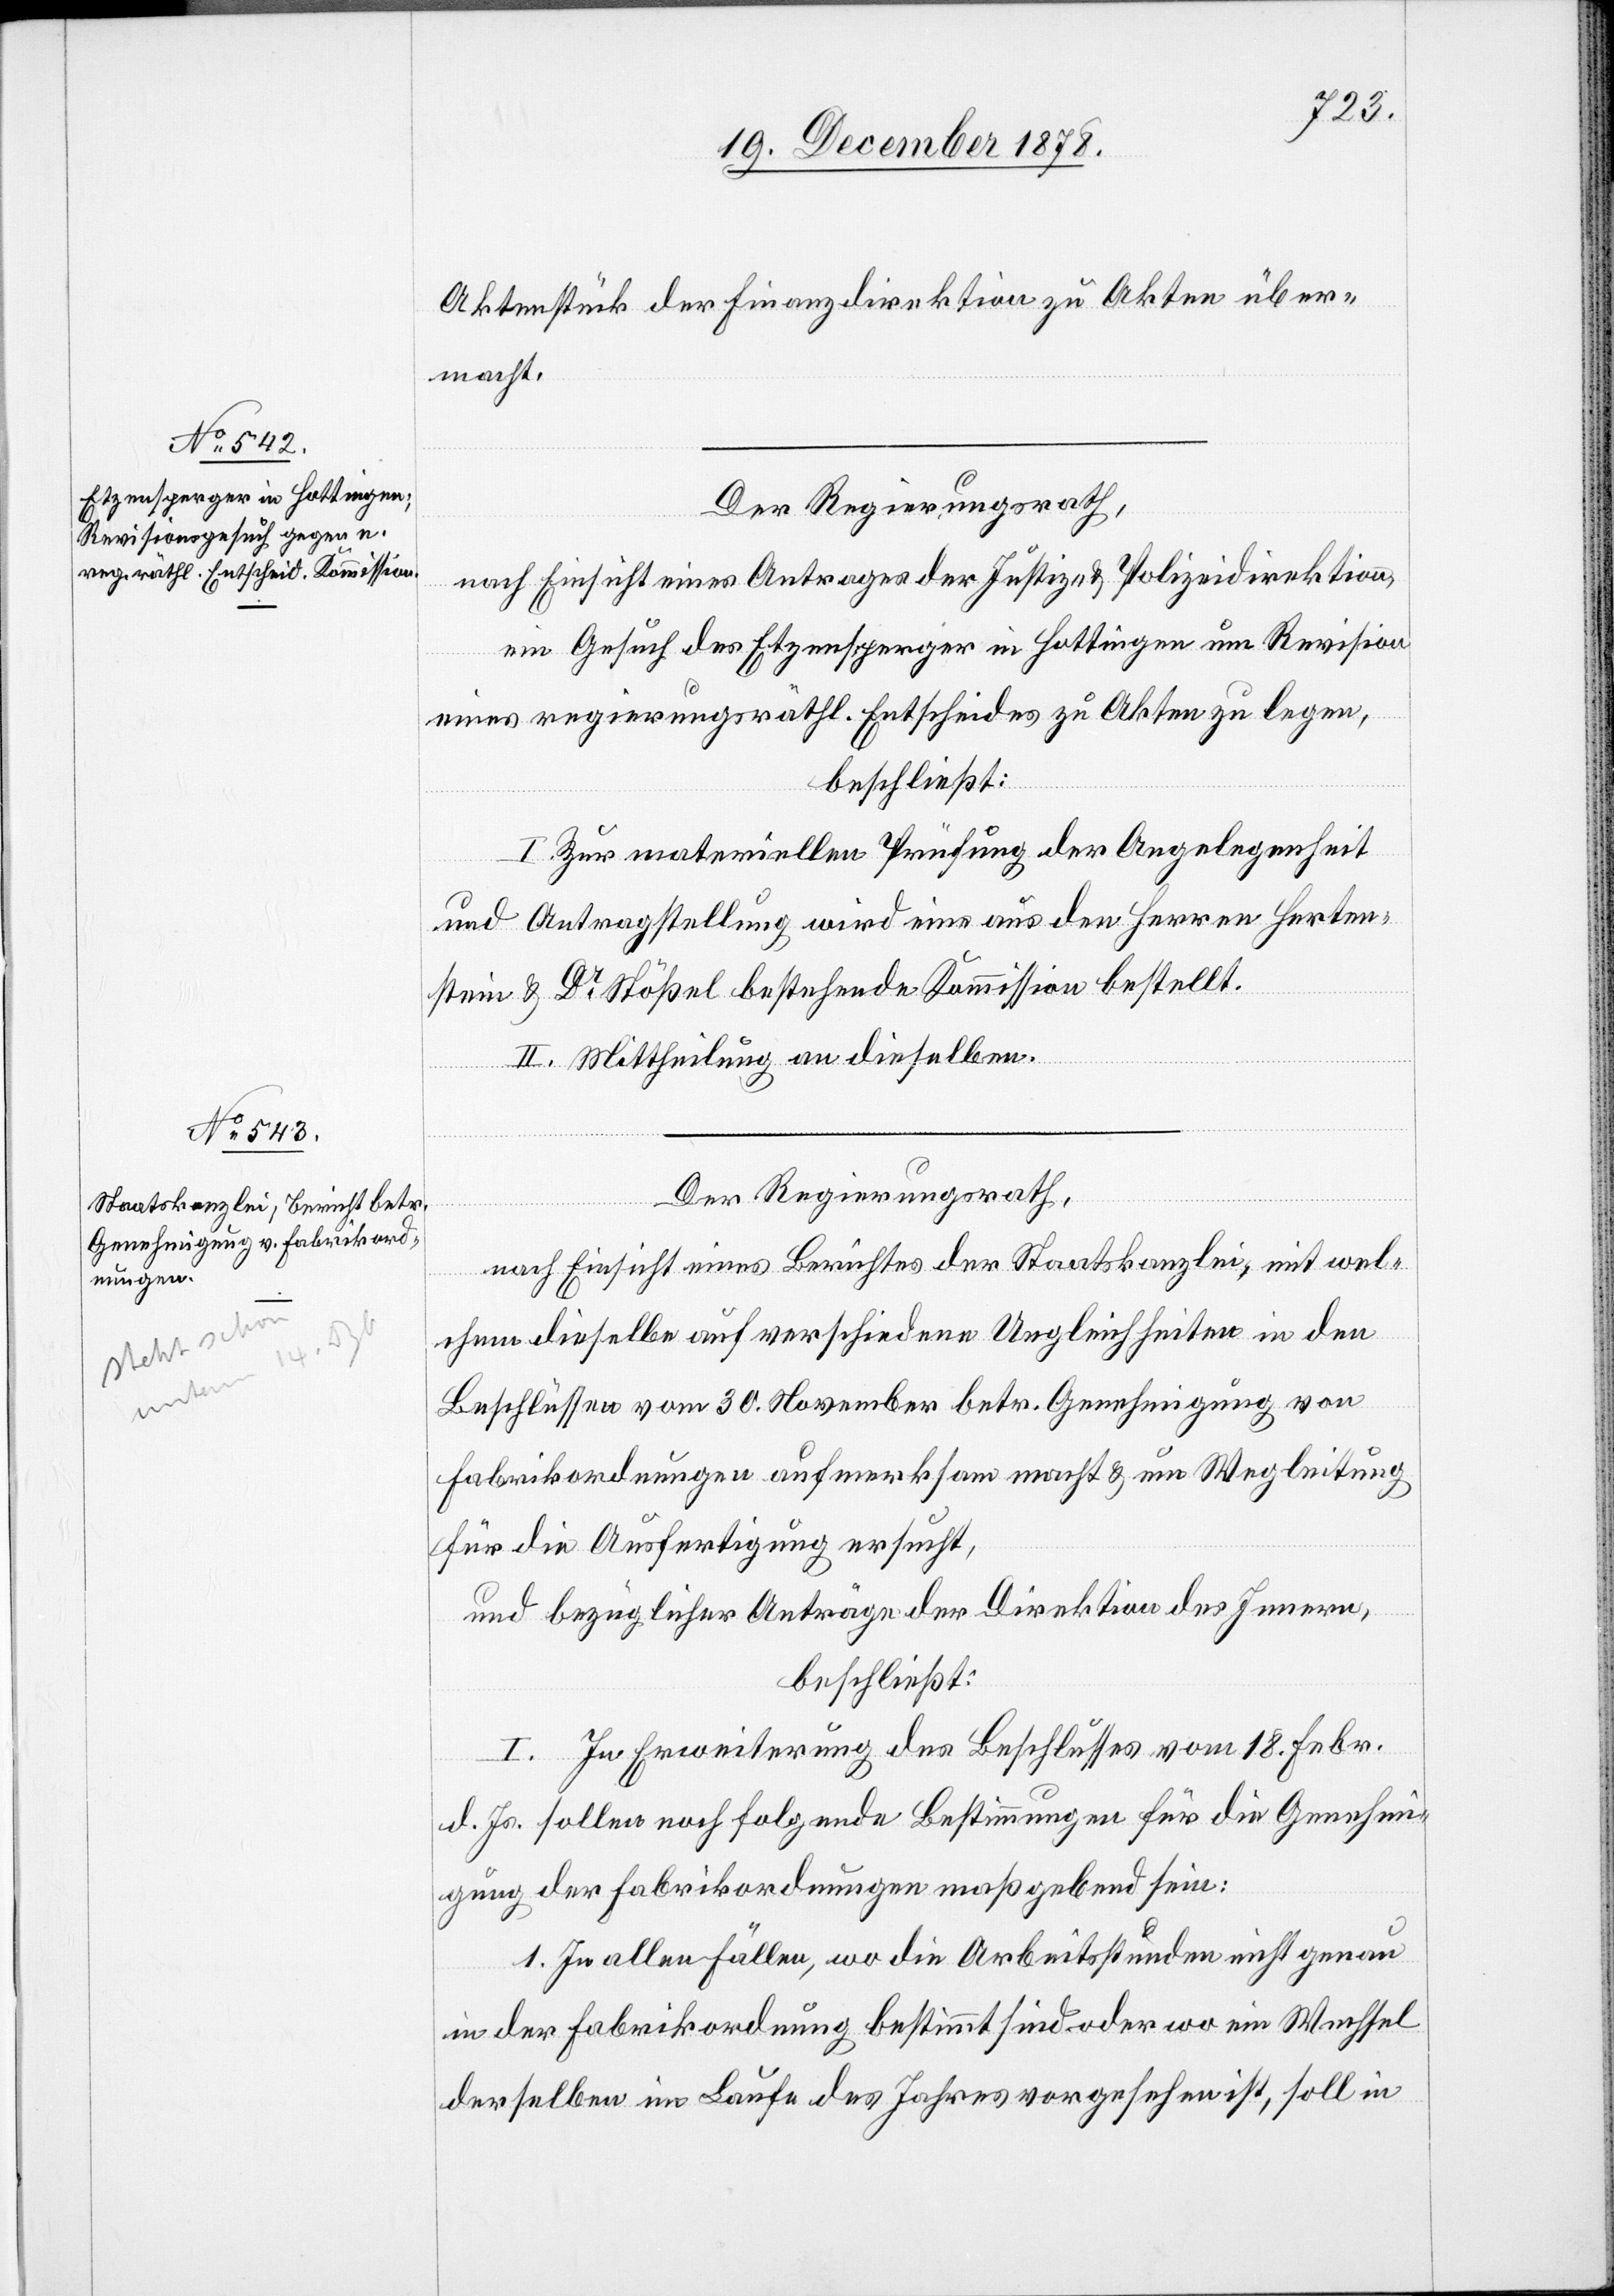
Aktenstück der Finanzdirektion zu Akten über¬
macht.
Der Regierungsrath,
nach Einsicht eines Antrages der Justiz- & Polizeidirektion,
ein Gesuch des Etzensperger in Hottingen um Revision
eines regierungsräthl. Entscheides zu Akten zu legen,
beschließt:
I. Zur materiellen Prüfung der Angelegenheit
und Antragstellung wird eine aus den Herren Herten¬
stein & Dr Stößel bestehende Kommission bestellt.
II. Mittheilung an dieselben.
Der Regierungsrath,
nach Einsicht eines Berichtes der Staatskanzlei, mit wel¬
chem dieselbe auf verschiedene Ungleichheiten in den
Beschlüssen vom 30. November betr. Genehmigung von
Fabrikordnungen aufmerksam macht & um Wegleitung
für die Ausfertigung ersucht,
und bezüglicher Anträge der Direktion des Innern,
beschließt:
I. In Erweiterung des Beschlusses vom 18. Febr.
d. Js. sollen noch folgende Bestimmungen für die Genehmi¬
gung der Fabrikordnungen maßgebend sein:
1. In allen Fällen, wo die Arbeitsstunden nicht genau
in der Fabrikordnung bestimmt sind oder wo ein Wechsel
derselben im Laufe des Jahres vorgesehen ist, soll in